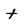
Character: t